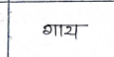
मजकूर: गाय